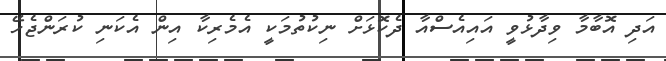
އަދި އޮބާމާ ވިދާޅުވީ އައިއެސްއާ ދެކޮޅަށް ނިކުތުމަކީ އެެމެރިކާ އިން އެކަނި ކުރަންޖެހޭ